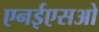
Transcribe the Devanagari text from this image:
एनईएसओ